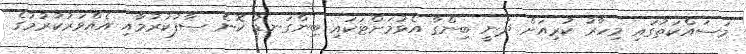
މަސައްކަތުގައި މިހާރު ކުރިއަށް ދަނީ ބިންގާ އެޅުމަށްޓަކައި ބިންގަނޑު ކޮނެ ސާފުކުރުމާއި އެއްވަރުކުރުމުގެ